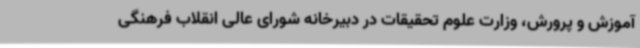
آموزش و پرورش، وزارت علوم تحقیقات در دبیرخانه شورای عالی انقلاب فرهنگی